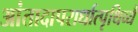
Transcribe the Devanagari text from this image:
आंतादापरार्धात्पृथिव्यै